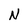
Character: N